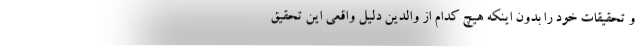
و تحقیقات خود را بدون اینكه هیچ كدام از والدین دلیل واقعی این تحقیق